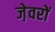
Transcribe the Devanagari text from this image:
जे़वरों